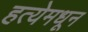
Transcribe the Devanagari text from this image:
हत्येमधून